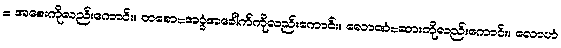
= အစေးကိုလည်းကောင်း။ တစော=အခွံအခေါက်ကိုလည်းကောင်း။ လောဏံ=ဆားကိုလည်းကောင်း။ လောဟံ